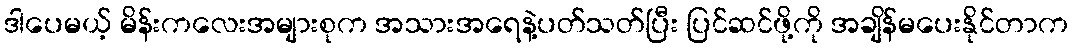
ဒါပေမယ့် မိန်းကလေးအများစုက အသားအရေနဲ့ပတ်သတ်ပြီး ပြင်ဆင်ဖို့ကို အချိန်မပေးနိုင်တာက